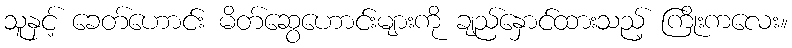
သူနှင့် ခေတ်ဟောင်း မိတ်ဆွေဟောင်းများကို ချည်နှောင်ထားသည့် ကြိုးကလေး။